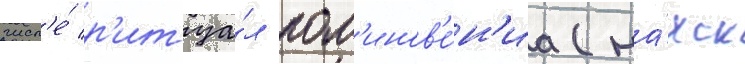
числ'е́ р'итуа́л пом'инов'е́н'иа (на́хск